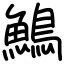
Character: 鷠